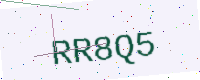
Text: RR8Q5